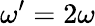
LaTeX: \omega^{\prime}=2\omega